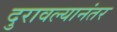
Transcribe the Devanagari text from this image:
दुरावल्यानंतर